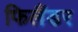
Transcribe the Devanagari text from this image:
फिलैंडर